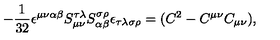
- \frac 1 { 3 2 } \epsilon ^ { \mu \nu \alpha \beta } { } S _ { \mu \nu } ^ { \tau \lambda } { } S _ { \alpha \beta } ^ { \sigma \rho } { } \epsilon _ { \tau \lambda \sigma \rho } = ( C ^ { 2 } - C ^ { \mu \nu } C _ { \mu \nu } ) ,